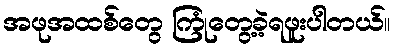
အဖုအထစ်တွေ ကြုံတွေ့ခဲ့ရဖူးပါတယ်။